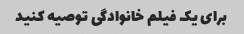
برای یک فیلم خانوادگی توصیه کنید